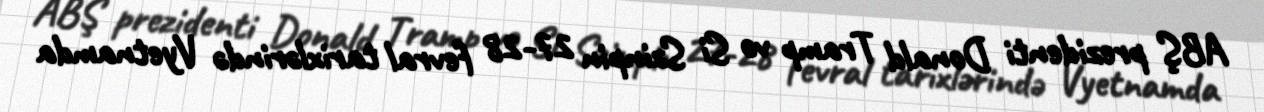
ABŞ prezidenti Donald Tramp və Si Szinpin 27-28 fevral tarixlərində Vyetnamda